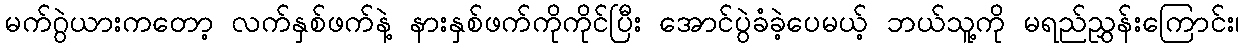
မက်ဂွဲယားကတော့ လက်နှစ်ဖက်နဲ့ နားနှစ်ဖက်ကိုကိုင်ပြီး အောင်ပွဲခံခဲ့ပေမယ့် ဘယ်သူ့ကို မရည်ညွှန်းကြောင်း၊